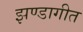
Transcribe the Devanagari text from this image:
झण्डागीत